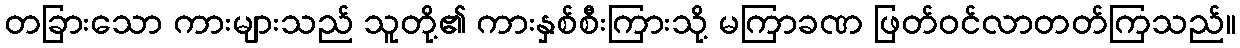
တခြားသော ကားများသည် သူတို့၏ ကားနှစ်စီးကြားသို့ မကြာခဏ ဖြတ်ဝင်လာတတ်ကြသည်။